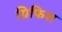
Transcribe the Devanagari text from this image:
ग्रिफिश